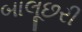
બાલૂછરી